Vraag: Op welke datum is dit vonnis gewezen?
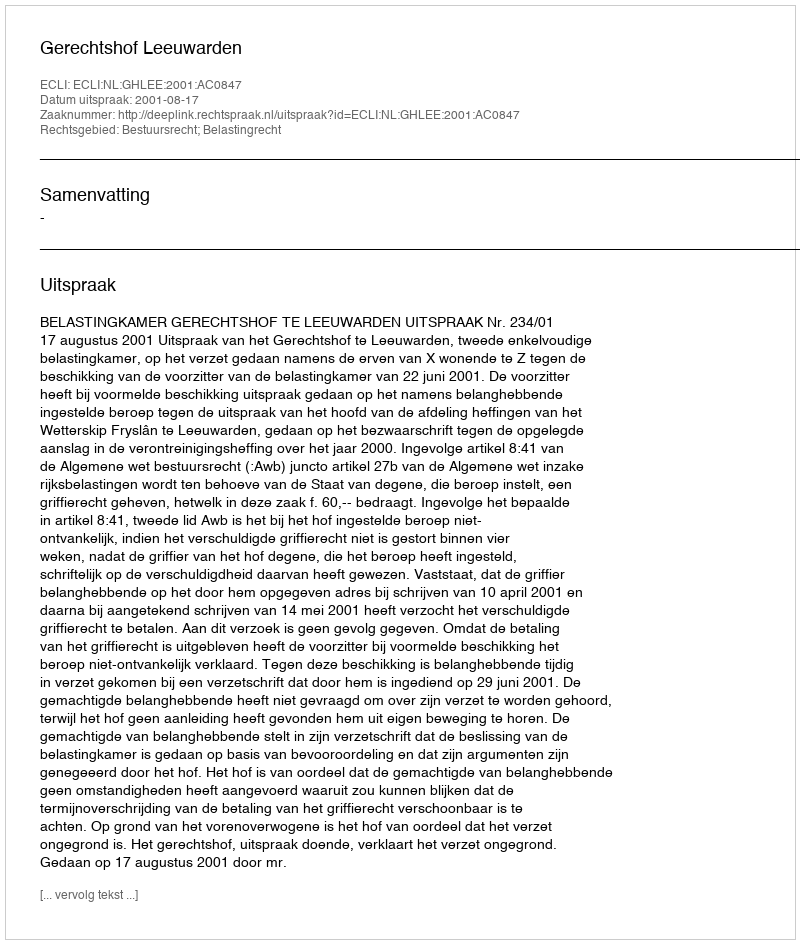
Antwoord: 2001-08-17